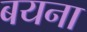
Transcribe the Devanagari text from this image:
बयना